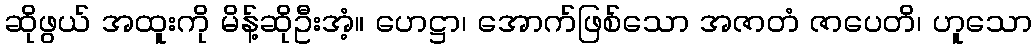
ဆိုဖွယ် အထူးကို မိန့်ဆိုဦးအံ့။ ဟေဋ္ဌာ၊ အောက်ဖြစ်သော အဇာတံ ဇာပေတိ၊ ဟူသော